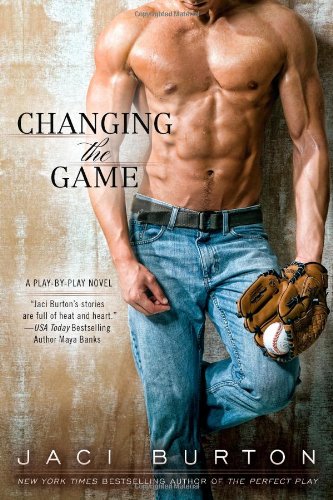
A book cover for Changing the Game (A Play-by-Play Novel); Jaci Burton; Romance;